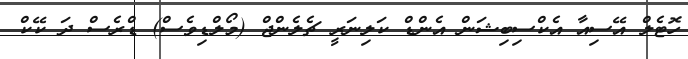
ހޮޓެލް އޭސިއާ އެކްސިބިޝަން އެންޑް ކަލިނަރީ ޗެލެންޖް (މޯލްޑިވެސް) ޑްރެސް ދަ ކޭކް